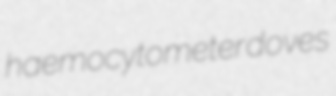
haemocytometer doves